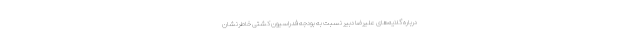
درباره گلایه‌های علیرضا دبیر نسبت به بودجه فدراسیون کشتی خاطرنشان